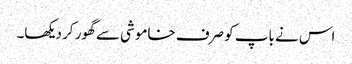
اس نے باپ کو صرف خاموشی سے گھور کر دیکھا۔